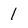
Character: 1